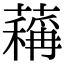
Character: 䕝